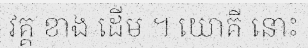
វគ្គ ខាង ដើម ។ យោគី នោះ